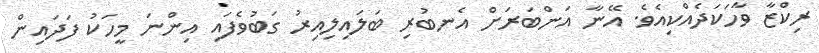
ރިކްޒާ ވާހަކަދެއްކިއެވެ. އޭނާ އަންބަރަށް އެނބުރި ބަލައިލިއިރު ގަބުވެފައި އިންނަ މީހަކު ފަދައިން